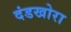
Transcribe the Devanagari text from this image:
दंडखोरा